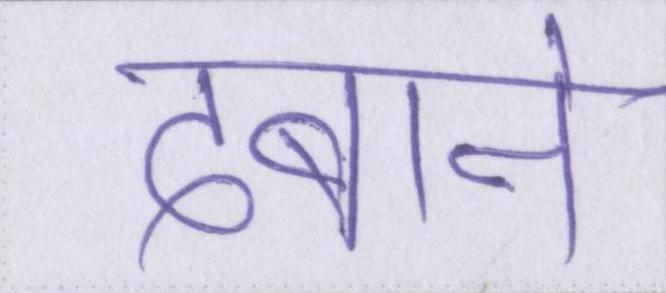
दबाने